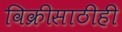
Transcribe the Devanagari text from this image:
विक्रीसाठीही